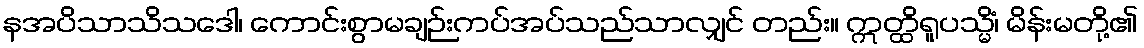
နအပိသာသိသဒေါ၊ ကောင်းစွာမချဉ်းကပ်အပ်သည်သာလျှင် တည်း။ ဣတ္ထိရူပသ္မိံ၊ မိန်းမတို့၏